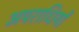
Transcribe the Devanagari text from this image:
अपराधियों